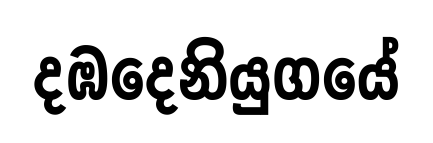
දඹදෙනියුගයේ